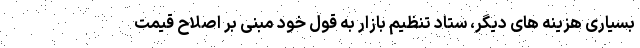
بسیاری هزینه های دیگر، ستاد تنظیم بازار به قول خود مبنی بر اصلاح قیمت